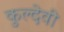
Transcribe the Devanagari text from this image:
कुल्देवी